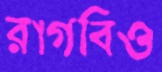
রাগবিও